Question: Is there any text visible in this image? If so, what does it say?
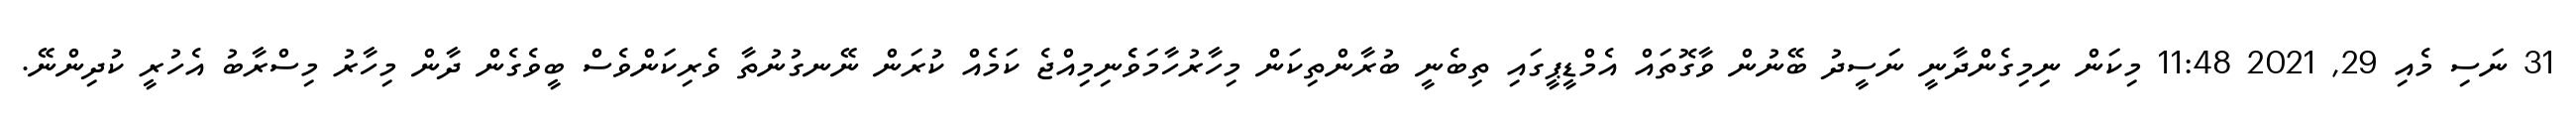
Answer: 31 ނަސި މެއި 29, 2021 11:48 މިކަން ނިމިގެންދާނީ ނަސީދު ބޭނުން ވާގޮތައް އެމްޑީޕީގައި ތިބެނީ ބުރާންތިކަން މިހާރުހާމަވެެނިމިއްޖެ ކަމެއް ކުރަން ނޭނގުނުތާ ވެރިކަންވެސް ބީވެގެން ދާން މިހާރު މިސްރާބު އެހުރީ ކުދިންނޭ.